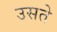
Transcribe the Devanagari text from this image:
उसते